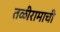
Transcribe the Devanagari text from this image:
तळीरामाची